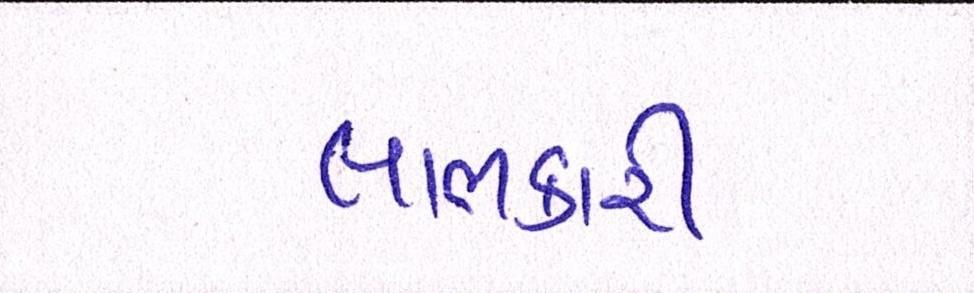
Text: લાભકારી